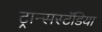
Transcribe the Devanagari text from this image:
ट्रान्सस्टॅडिया